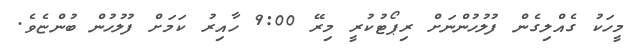
މީހަކު ގެއްލިގެން ފުލުހުންނަށް ރިޕޯޓުކުރީ މިރޭ 9:00 ހާއިރު ކަމަށް ފުލުހުން ބުންޏެވެ.